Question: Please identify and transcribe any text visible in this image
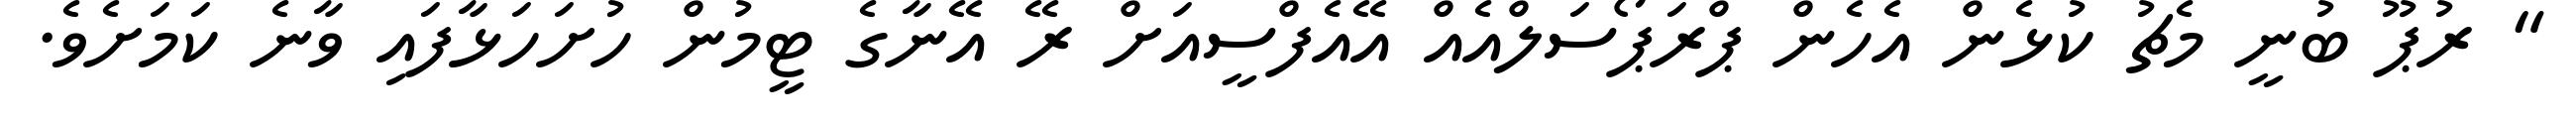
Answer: " ރުޕޫ ބުނީ މެޗު ކުޅެން އެހެން ޕްރަޕޯސަލްއެއް އޭއެފްސީއަށް ރޭ އޭނާގެ ޓީމުން ހުށަހަޅާފައި ވާނެ ކަމަށެވެ.